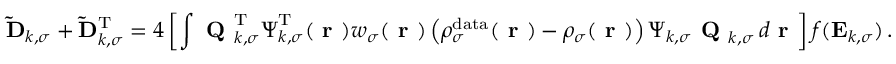
\mathbf { \widetilde { D } } _ { k , \sigma } + \mathbf { \widetilde { D } } _ { k , \sigma } ^ { \mathrm { T } } = 4 \left[ \int \textbf { Q } _ { k , \sigma } ^ { \mathrm { T } } \boldsymbol { \Psi } _ { k , \sigma } ^ { \mathrm { T } } ( \boldsymbol { \textbf { r } } ) w _ { \sigma } ( \boldsymbol { \textbf { r } } ) \left( \rho _ { \sigma } ^ { \mathrm { d a t a } } ( \boldsymbol { \textbf { r } } ) - \rho _ { \sigma } ( \boldsymbol { \textbf { r } } ) \right) \boldsymbol { \Psi } _ { k , \sigma } \textbf { Q } _ { k , \sigma } \, d \boldsymbol { \textbf { r } } \right] f ( \mathbf { E } _ { k , \sigma } ) \, .